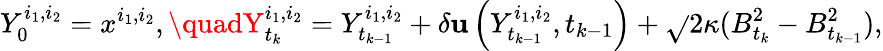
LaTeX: Y_{0}^{i_{1},i_{2}}=x^{i_{1},i_{2}},\quadY_{t_{k}}^{i_{1},i_{2}}=Y_{t_{k-1}}^{i_{1},i_{2}}+\delta\mathbf{u}\left(Y_{t_{k-1}}^{i_{1},i_{2}},t_{k-1}\right)+\sqrt{}{{2\kappa}}(B_{t_{k}}^{2}-B_{t_{k-1}}^{2}),